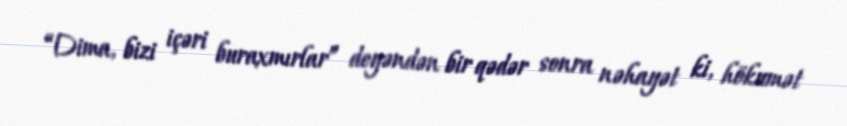
“Dima, bizi içəri buraxmırlar” deyəndən bir qədər sonra nəhayət ki, hökumət